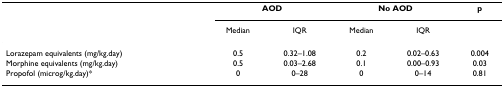
<table><thead><tr><td></td><td colspan="2"><b>AOD</b></td><td colspan="2"><b>No AOD</b></td><td><b>p</b></td></tr><tr><td></td><td><b>Median</b></td><td><b>IQR</b></td><td><b>Median</b></td><td><b>IQR</b></td><td></td></tr></thead><tbody><tr><td>Lorazepam equivalents (mg/kg.day)</td><td>0.5</td><td>0.32–1.08</td><td>0.2</td><td>0.02–0.63</td><td>0.004</td></tr><tr><td>Morphine equivalents (mg/kg.day)</td><td>0.5</td><td>0.03–2.68</td><td>0.1</td><td>0.00–0.93</td><td>0.03</td></tr><tr><td>Propofol (microg/kg.day)*</td><td>0</td><td>0–28</td><td>0</td><td>0–14</td><td>0.81</td></tr></tbody></table>